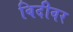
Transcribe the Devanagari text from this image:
बिदीवर